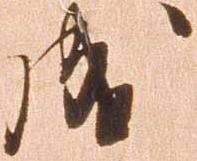
成